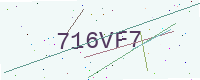
Text: 716VF7